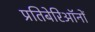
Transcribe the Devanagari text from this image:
प्रतिबेरिऑनों